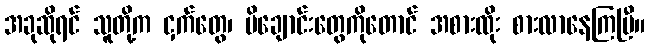
အခုဆိုရင် သူတို့က ငှက်တွေ၊ မိချောင်းတွေကိုတောင် အစားထိုး စားလာနေကြပြီ။